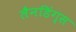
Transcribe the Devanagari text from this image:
लैनडिंग्स